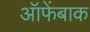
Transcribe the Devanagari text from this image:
ऑफेंबाक